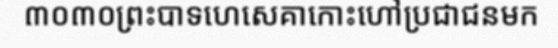
៣០៣០ព្រះបាទហេសេគាកោះហៅប្រជាជនមក